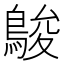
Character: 鵔